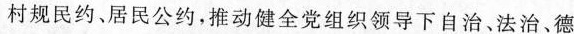
村规民约、居民公约，推动健全党组织领导下自治，法治。德